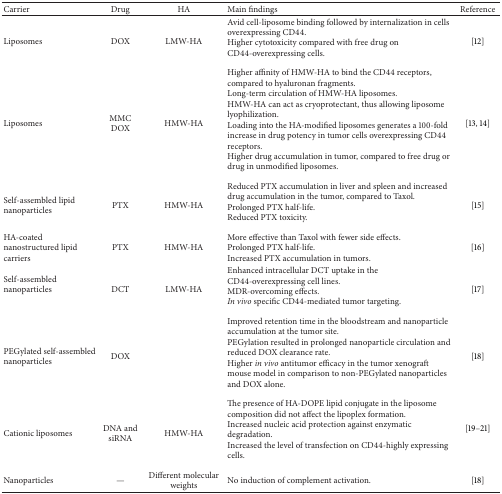
| Carrier | Drug | HA | Main findings | Reference |
 | --- | --- | --- | --- | --- |
 | Liposomes | DOX | LMW-HA | Avid cell-liposome binding followed by internalization in cells overexpressing CD44. Higher cytotoxicity compared with free drug on CD44-overexpressing cells. | [12] |
 | Liposomes | MMCDOX | HMW-HA | Higher affinity of HMW-HA to bind the CD44 receptors, compared to hyaluronan fragments. Long-term circulation of HMW-HA liposomes.HMW-HA can act as cryoprotectant, thus allowing liposome lyophilization.Loading into the HA-modified liposomes generates a 100-fold increase in drug potency in tumor cells overexpressing CD44 receptors. Higher drug accumulation in tumor, compared to free drug or drug in unmodified liposomes. | [13, 14] |
 | Self-assembled lipid nanoparticles | PTX | HMW-HA | Reduced PTX accumulation in liver and spleen and increased drug accumulation in the tumor, compared to Taxol.Prolonged PTX half-life. Reduced PTX toxicity. | [15] |
 | HA-coated nanostructured lipid carriers | PTX | HMW-HA | More effective than Taxol with fewer side effects. Prolonged PTX half-life.Increased PTX accumulation in tumors. | [16] |
 | Self-assembled nanoparticles | DCT | LMW-HA | Enhanced intracellular DCT uptake in the CD44-overexpressing cell lines. MDR-overcoming effects.In vivo specific CD44-mediated tumor targeting. | [17] |
 | PEGylated self-assembled nanoparticles | DOX |  | Improved retention time in the bloodstream and nanoparticle accumulation at the tumor site.PEGylation resulted in prolonged nanoparticle circulation and reduced DOX clearance rate.Higher in vivo antitumor efficacy in the tumor xenograft mouse model in comparison to non-PEGylated nanoparticles and DOX alone. | [18] |
 | Cationic liposomes | DNA and siRNA | HMW-HA | The presence of HA-DOPE lipid conjugate in the liposome composition did not affect the lipoplex formation. Increased nucleic acid protection against enzymatic degradation.Increased the level of transfection on CD44-highly expressing cells. | [19–21] |
 | Nanoparticles | — | Different molecular weights | No induction of complement activation. | [18] |